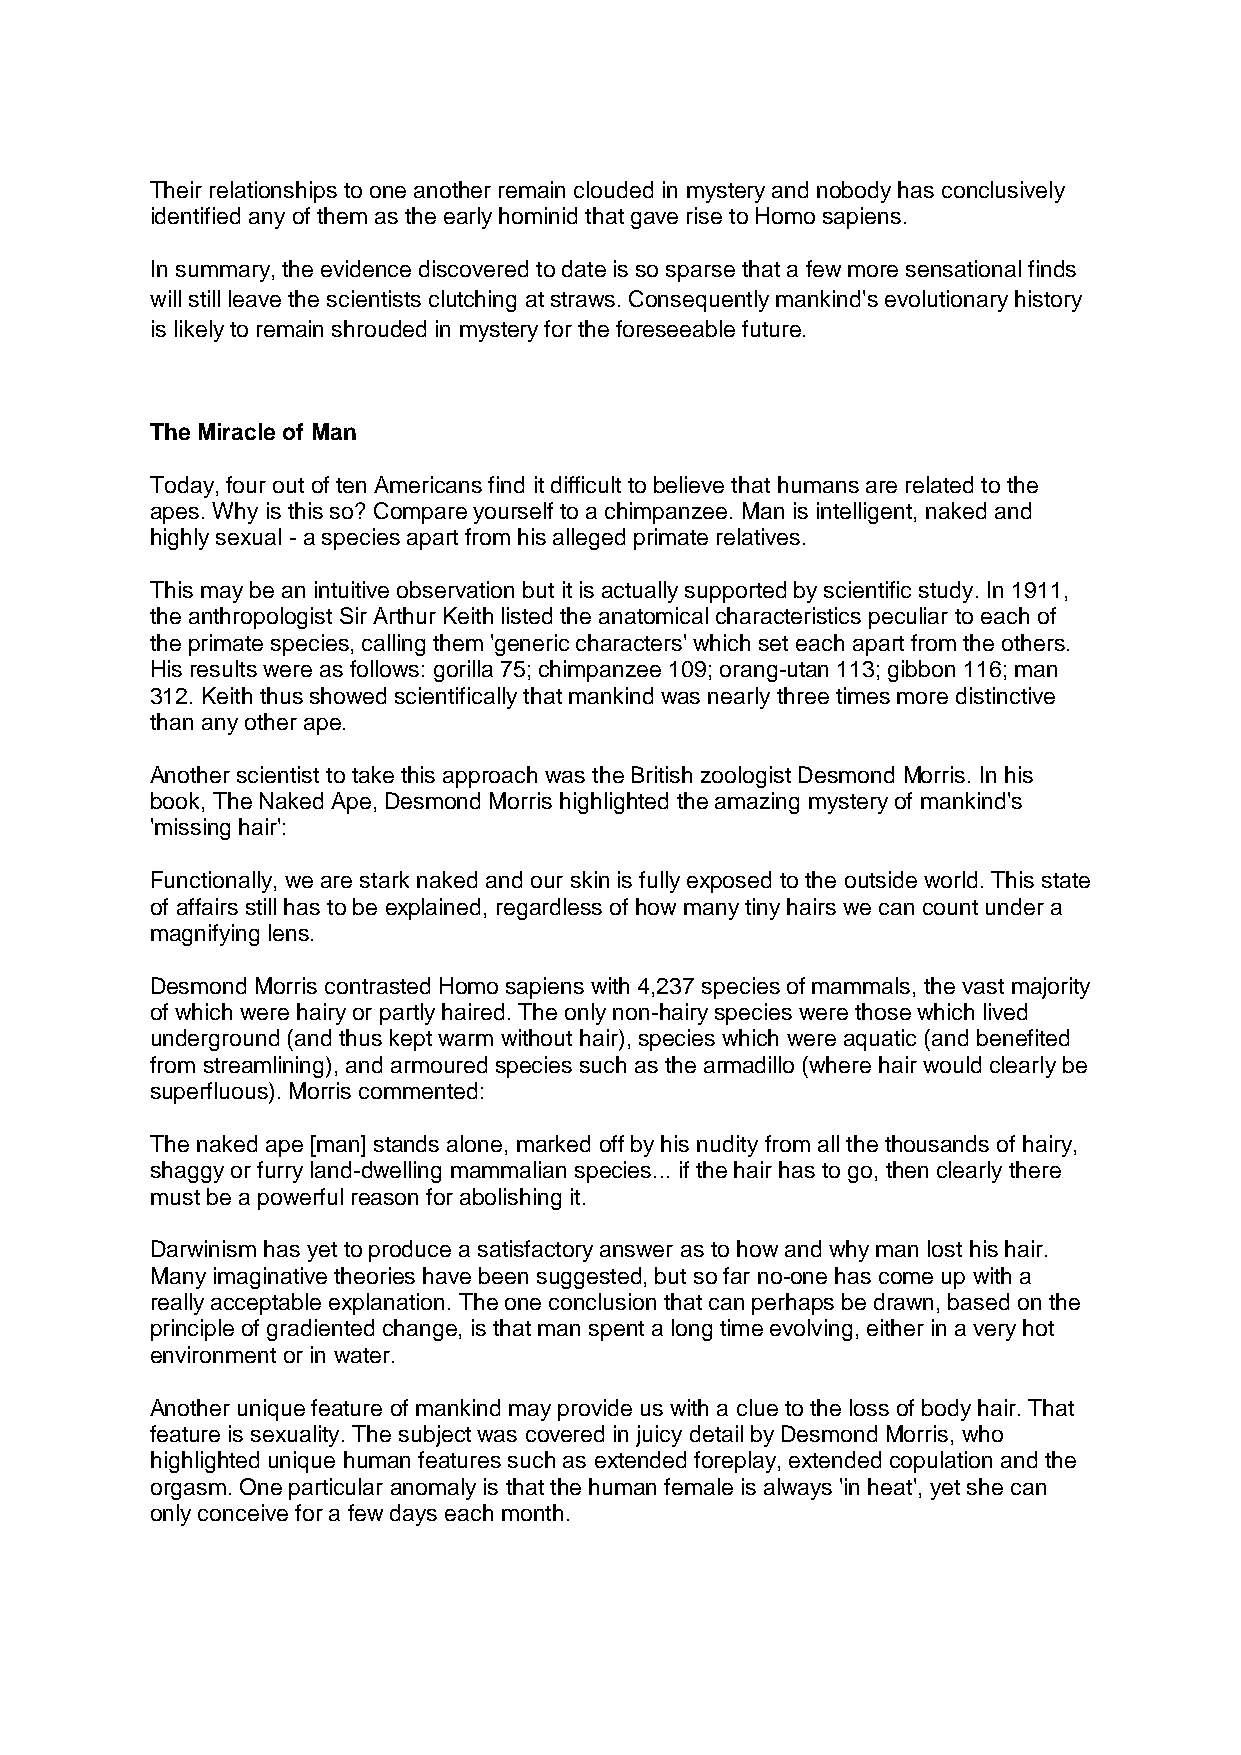
Their relationships to one another remain clouded in mystery and nobody has conclusively
 identified any of them as the early hominid that gave rise to Homo sapiens.
 In summary, the evidence discovered to date is so sparse that a few more sensational finds
 will still leave the scientists clutching at straws. Consequently mankind's evolutionary history
 is likely to remain shrouded in mystery for the foreseeable future.
 The Miracle of Man
 Today, four out of ten Americans find it difficult to believe that humans are related to the
 apes. Why is this so? Compare yourself to a chimpanzee. Man is intelligent, naked and
 highly sexual - a species apart from his alleged primate relatives.
 This may be an intuitive observation but it is actually supported by scientific study. In 1911,
 the anthropologist Sir Arthur Keith listed the anatomical characteristics peculiar to each of
 the primate species, calling them 'generic characters' which set each apart from the others.
 His results were as follows: gorilla 75; chimpanzee 109; orang-utan 113; gibbon 116; man
 312. Keith thus showed scientifically that mankind was nearly three times more distinctive
 than any other ape.
 Another scientist to take this approach was the British zoologist Desmond Morris. In his
 book, The Naked Ape, Desmond Morris highlighted the amazing mystery of mankind's
 'missing hair':
 Functionally, we are stark naked and our skin is fully exposed to the outside world. This state
 of affairs still has to be explained, regardless of how many tiny hairs we can count under a
 magnifying lens.
 Desmond Morris contrasted Homo sapiens with 4,237 species of mammals, the vast majority
 of which were hairy or partly haired. The only non-hairy species were those which lived
 underground (and thus kept warm without hair), species which were aquatic (and benefited
 from streamlining), and armoured species such as the armadillo (where hair would clearly be
 superfluous). Morris commented:
 The naked ape [man] stands alone, marked off by his nudity from all the thousands of hairy,
 shaggy or furry land-dwelling mammalian species... if the hair has to go, then clearly there
 must be a powerful reason for abolishing it.
 Darwinism has yet to produce a satisfactory answer as to how and why man lost his hair.
 Many imaginative theories have been suggested, but so far no-one has come up with a
 really acceptable explanation. The one conclusion that can perhaps be drawn, based on the
 principle of gradiented change, is that man spent a long time evolving, either in a very hot
 environment or in water.
 Another unique feature of mankind may provide us with a clue to the loss of body hair. That
 feature is sexuality. The subject was covered in juicy detail by Desmond Morris, who
 highlighted unique human features such as extended foreplay, extended copulation and the
 orgasm. One particular anomaly is that the human female is always 'in heat', yet she can
 only conceive for a few days each month.